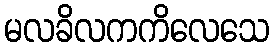
မလခိလကကိလေသေ